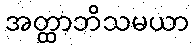
အတ္ထာဘိသမယာ